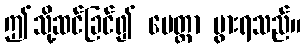
ဤသို့ဆင်ခြင်၍ မေတ္တာ ပွားရသည်။